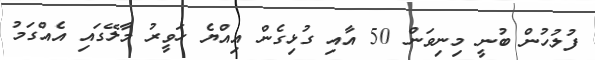
ފުލުހުން ބުނީ މިނިވަން 50 އާއި ގުޅިގެން އިއްޔެ ހަވީރު މާލޭގައި އެއްގަމު